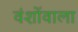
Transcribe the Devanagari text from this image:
वंशोंवाला